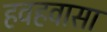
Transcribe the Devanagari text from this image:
हवहवासा